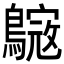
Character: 𪄺